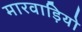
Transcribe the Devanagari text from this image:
मारवाड़ियो